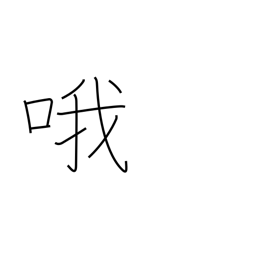
Meaning: sing